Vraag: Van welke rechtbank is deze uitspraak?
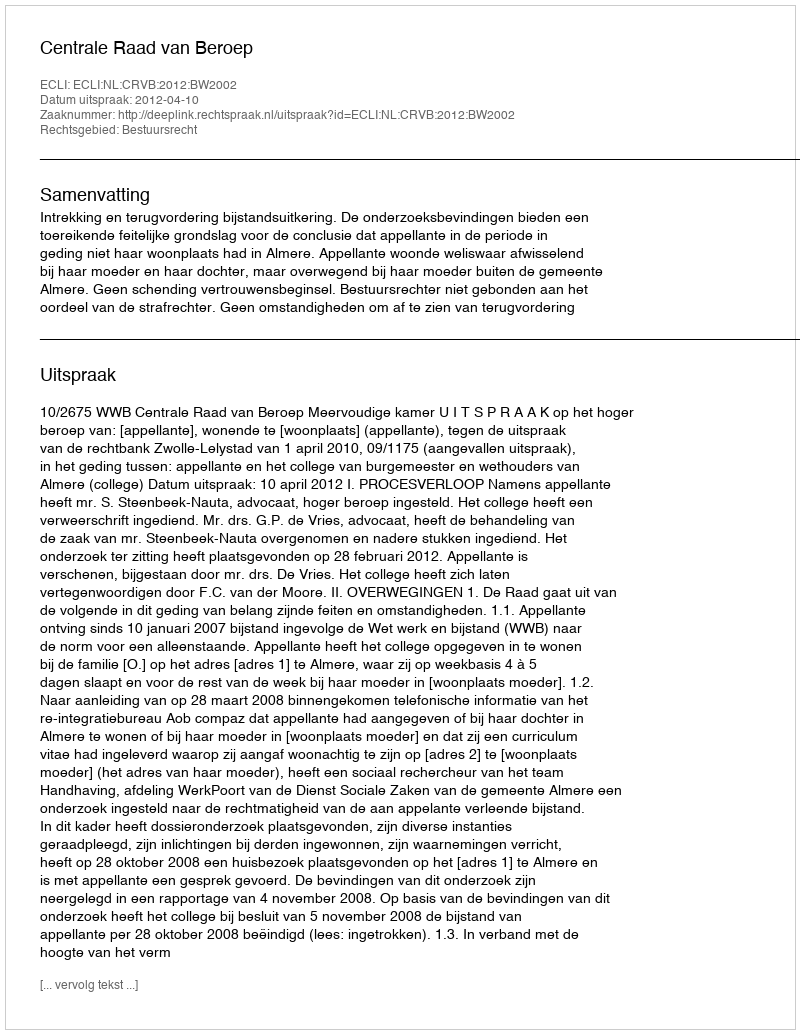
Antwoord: Centrale Raad van Beroep